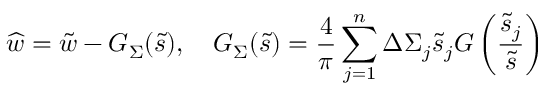
\widehat { w } = \tilde { w } - G _ { \Sigma } ( \tilde { s } ) , \quad G _ { \Sigma } ( \tilde { s } ) = \frac { 4 } { \pi } \sum _ { j = 1 } ^ { n } \Delta \Sigma _ { j } \tilde { s } _ { j } G \left( \frac { \tilde { s } _ { j } } { \tilde { s } } \right)